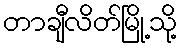
တာချီလိတ်မြို့သို့